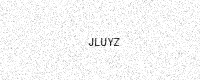
Text: JLUYZ